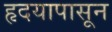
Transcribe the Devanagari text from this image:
हृदयापासून